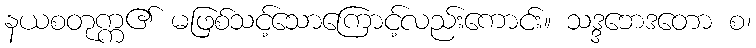
နယစတုက္က၏ မဖြစ်သင့်သောကြောင့်လည်းကောင်း။ သဒ္ဒဘေဒတော စ၊